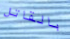
بالقاتل